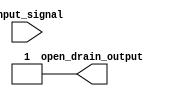
module open_drain_inverter (
    input wire input_signal,
    output wire open_drain_output
);

// Inverter gate
assign open_drain_output = ~input_signal;

// Pull-up resistor
assign open_drain_output = (open_drain_output | 1'b1);

endmodule